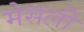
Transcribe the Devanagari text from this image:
मेसर्ली